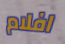
افلام